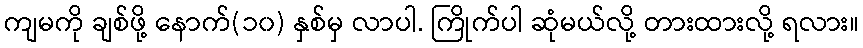
ကျမကို ချစ်ဖို့ နောက်(၁၀) နှစ်မှ လာပါ. ကြိုက်ပါ ဆုံမယ်လို့ တားထားလို့ ရလား။